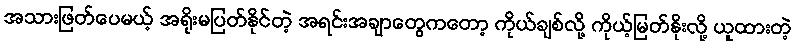
အသားဖြတ်ပေမယ့် အရိုးမပြတ်နိုင်တဲ့ အရင်းအချာတွေကတော့ ကိုယ်ချစ်လို့ ကိုယ့်မြတ်နိုးလို့ ယူထားတဲ့